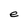
Character: e